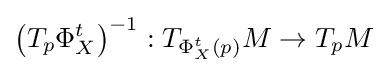
\left(T_{p}\Phi _{X}^{t}\right)^{-1}:T_{\Phi _{X}^{t}(p)}M\to T_{p}M